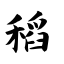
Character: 稻